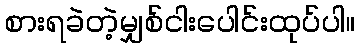
စားရခဲတဲ့မျှစ်ငါးပေါင်းထုပ်ပါ။